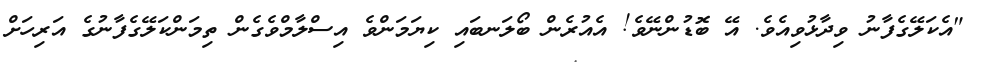
"އެކަލޭގެފާނު ވިދާޅުވިއެވެ. އޭ ބޮޑުންނޭވެ! އެއުރެން ބޯލަނބައި ކިޔަމަންވެ އިސްލާމްވެގެން ތިމަންކަލޭގެފާނުގެ އަރިހަށް